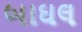
બાઘલ